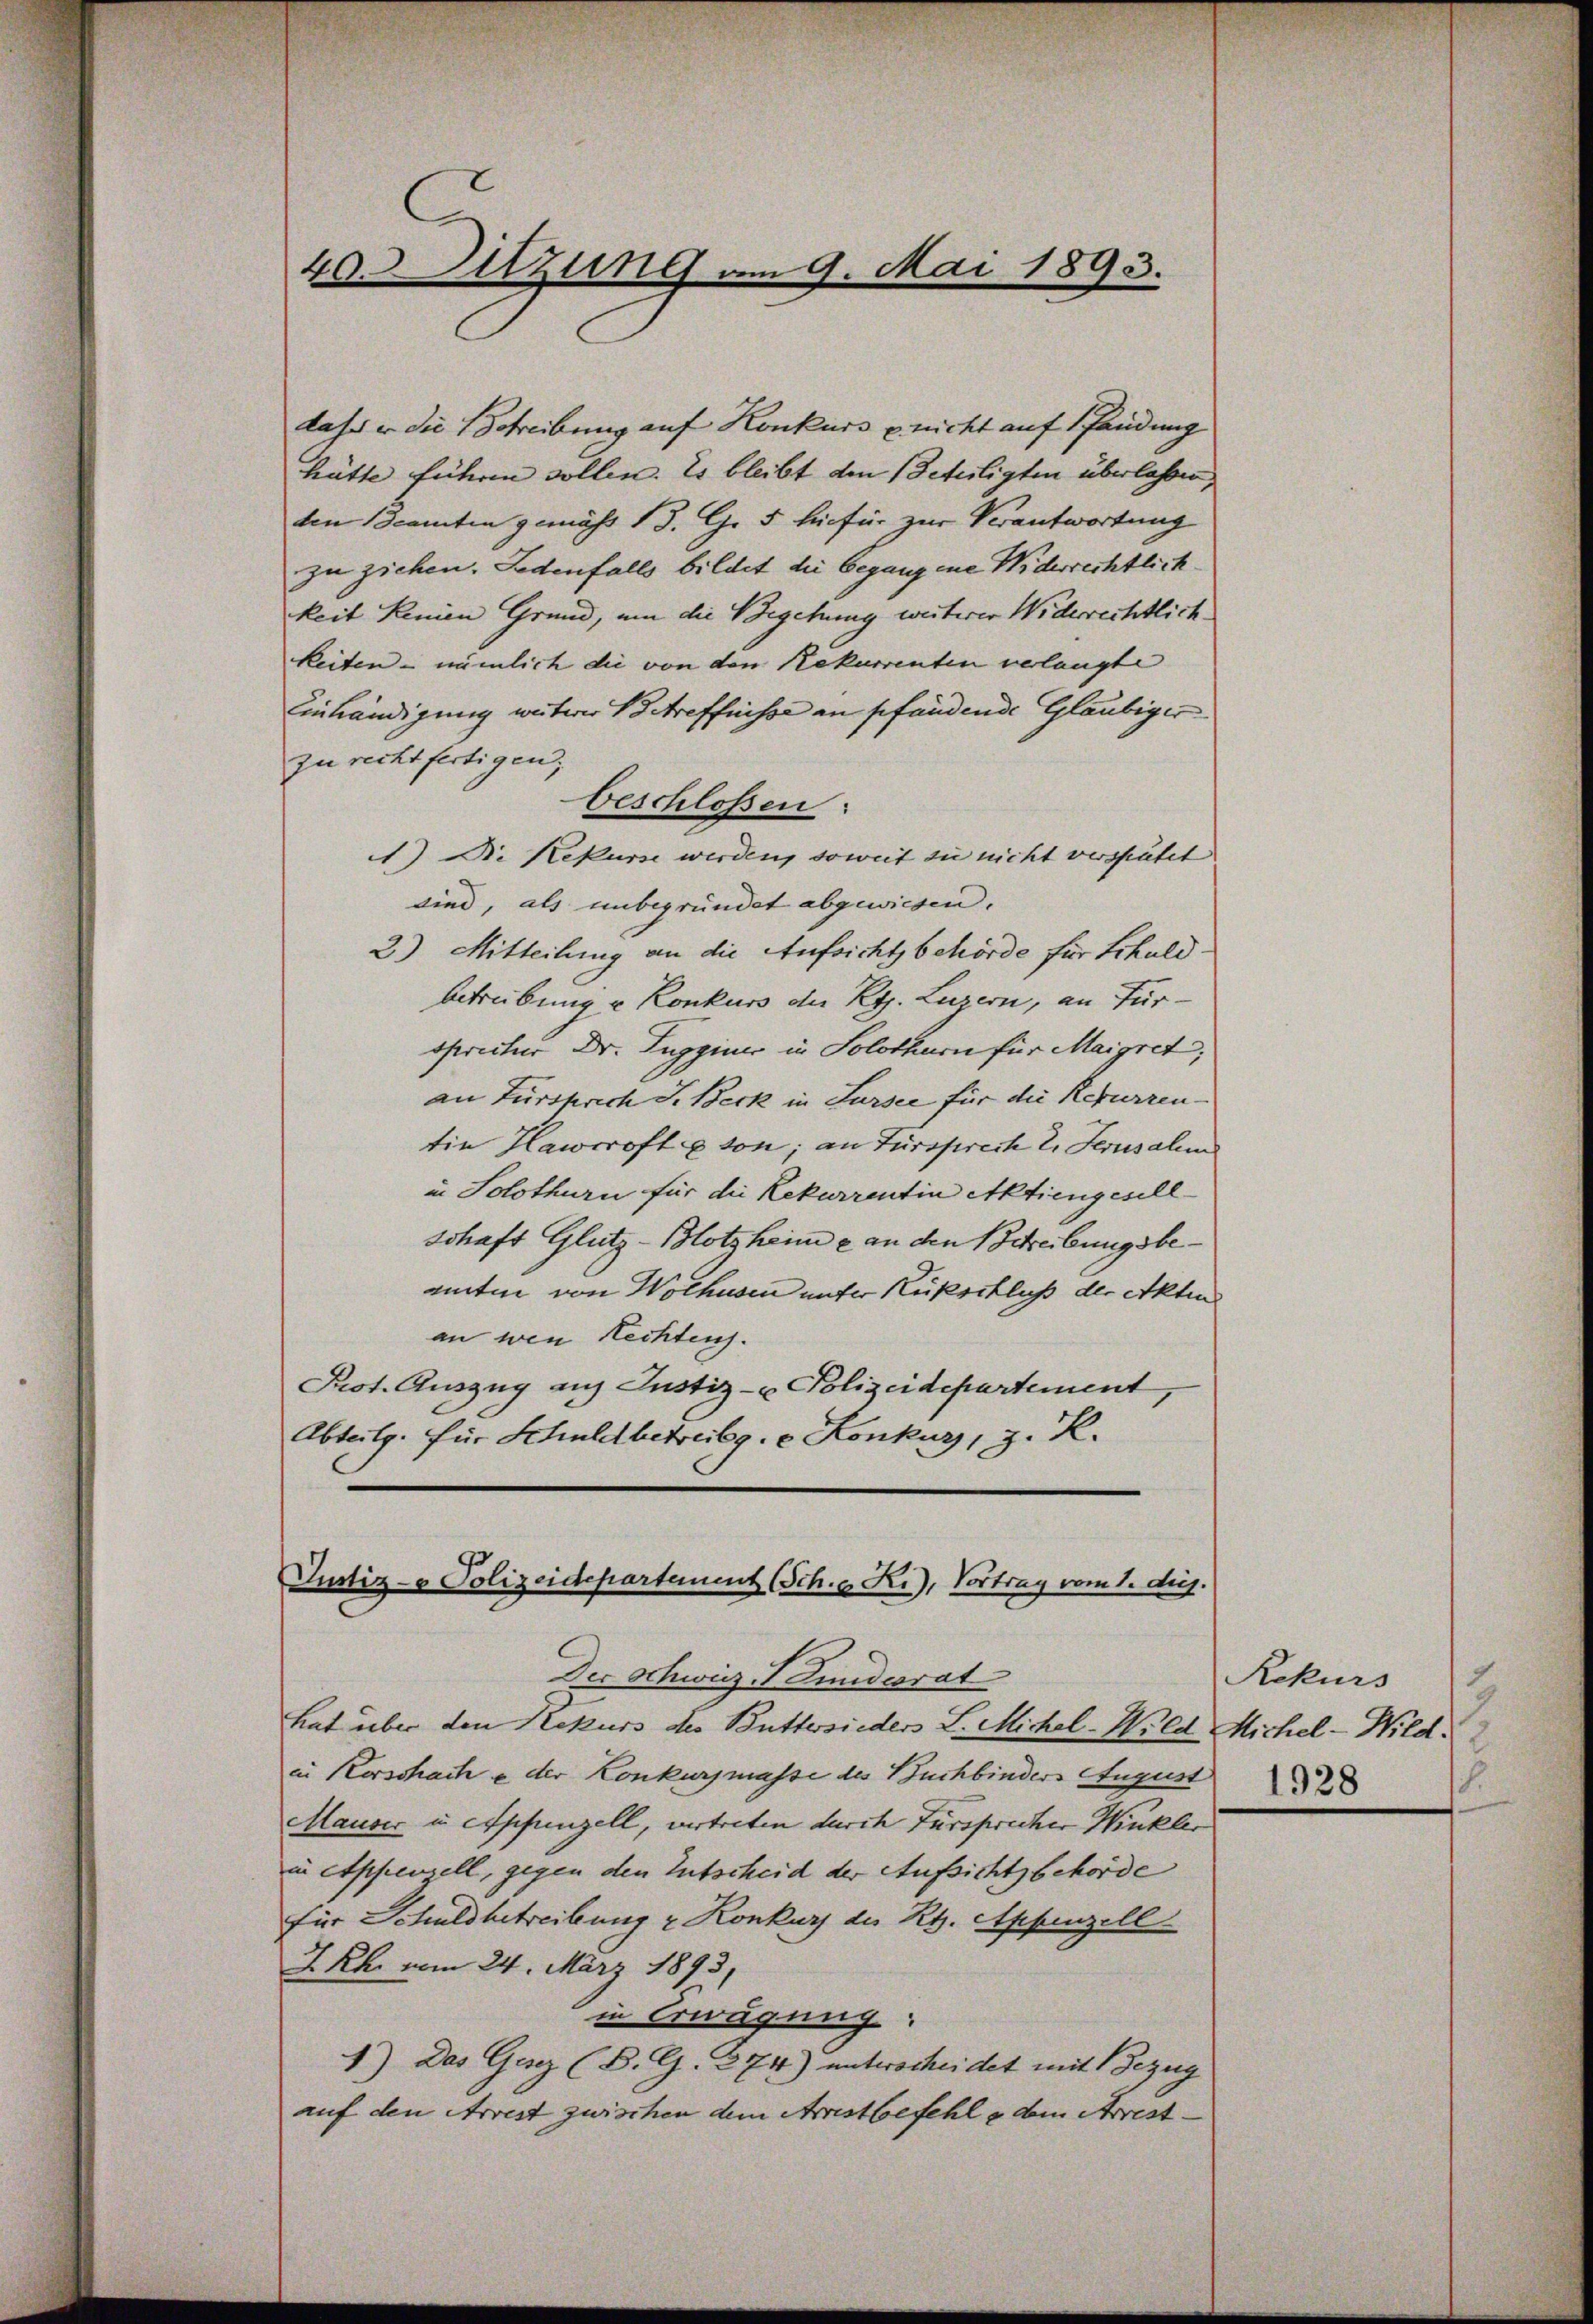
dass er die Schreibung auf Konkurs u. nicht auf Pfändung
Hätte führen sollen. Es bleibt den Beteiligten überlassen,
ten Beamten gemäss 13. G. 5 hiefür zur Verantwortung
zu ziehen. Ledenfalls bildet die begangene Widerrechtlich
keit keinen Grund, um die Begehung weiterer Widerrechtlich-
keiten - nämlich die von den Rekurrenten verlangt
Einhändigung weiterer Betreffnisse an pfändende Gläubiger
zu rechtfertigen;
beschlossen:
) Die Rekurse werden, soweit zu nicht verspätet
sind, als unbegründet abgewiesen.
2) Mitteilung an die Aufsichtsbehörde für Schuld.
betreibung u Konkurs der Reg. Luzern, an Fürsprectur Dr. Luggines in Solothurn für Margret;
an Fürsprich S. Beck in Sursee für die Rekurrentin Hawrofte son; an Fürsprech 2. Ferusale
in Solothurn für die Rekurrentin Aktiengesellschaft Glutz-Blotzheim & an den Schreibungsbeanten von Wolhusen unter Küsschluß der Akten
an wen Rechten.
Prot. Auszug auf Justiz- u Polizeidepartement,
Abteilg. für Schuldbetreibg. e. Konkurs, z. K.

40. Sitzung am 9. Mai 1893.

Justiz- & Polizeidepartement (Sch. d. R.), Vortrag vom 1. dej.

Der Schweiz - Lindesrat
hat über den Rekurs des Buttersieder L. Michel-Wild Michel-Wild.
in Kerschache der Konkursmasse des Buchbinders August
Mauser u Appenzell, vertreten durch Fürsprecher Winkler
in Appenzell, gegen den Entscheid der Aufsichtsbehörde
für Schuldbetreibung & Konkurs des Kt. Appenzell
I.Rh. vom 24. März 1893,
in Erwägung:
1) Das Gesez (B. G. 274) unterscheidet mit Bezug
auf den Arrest zwischen dem Arrestbefehle dem Arrest-

Rekurs
8.
1928